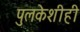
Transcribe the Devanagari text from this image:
पुलकेशीही